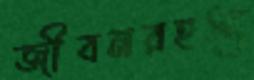
জীবনরহস্য